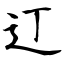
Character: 𫟧